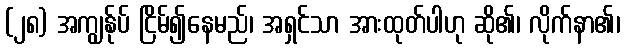
(၂၈) အကျွန်ုပ် ငြိမ်၍နေမည်၊ အရှင်သာ အားထုတ်ပါဟု ဆို၏၊ လိုက်နာ၏၊